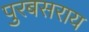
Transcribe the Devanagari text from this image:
पुरबसराय